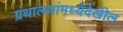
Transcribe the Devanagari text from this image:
ग्रंथालयांमध्येदेखील